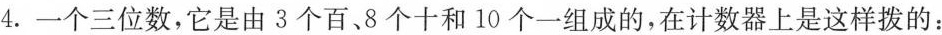
4.一个三位数，它是由3个百、8个十和10个一组成的，在计数器上是这样拨的：